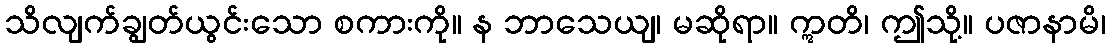
သိလျက်ချွတ်ယွင်းသော စကားကို။ န ဘာသေယျ၊ မဆိုရာ။ ဣတိ၊ ဤသို့။ ပဇာနာမိ၊